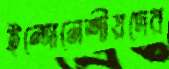
ইন্দোনেশীয়দের